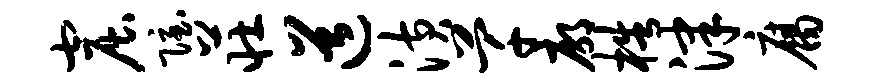
窟隐庄道潢芊廓梏津腐